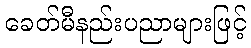
ခေတ်မီနည်းပညာများဖြင့်